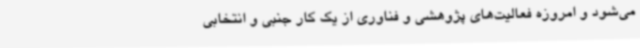
می‌شود و امروزه فعالیت‌های پژوهشی و فناوری از یک کار جنبی و انتخابی